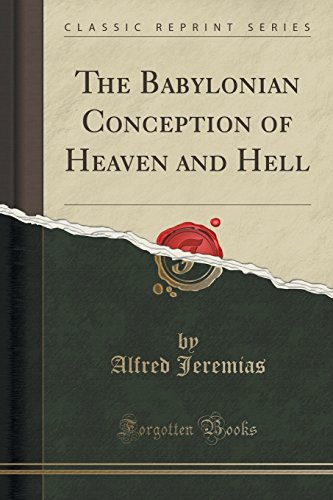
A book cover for The Babylonian Conception of Heaven and Hell (Classic Reprint); Alfred Jeremias; History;